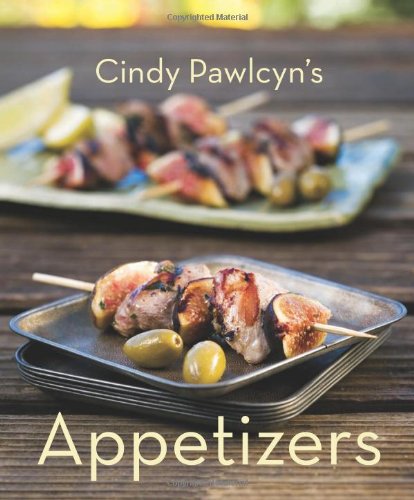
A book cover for Appetizers; Cindy Pawlcyn; Cookbooks, Food & Wine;